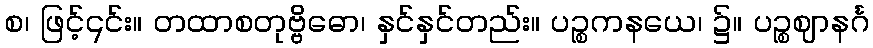
စ၊ ဖြင့်၎င်း။ တထာစတုဗ္ဗိဓော၊ နှင်နှင်တည်း။ ပဉ္စကနယေ၊ ၌။ ပဉ္စဈာနင်္ဂ